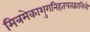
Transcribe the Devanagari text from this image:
मित्रमेकाशुगनिहतपतद्वालिनो